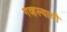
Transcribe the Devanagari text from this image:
गव्हल्याची